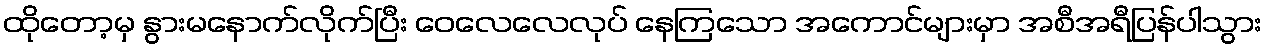
ထိုတော့မှ နွားမနောက်လိုက်ပြီး ဝေလေလေလုပ် နေကြသော အကောင်များမှာ အစီအရီပြန်ပါသွား